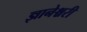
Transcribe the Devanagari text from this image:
ज्ञानेश्चरी